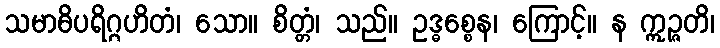
သမာဓိပရိဂ္ဂဟိတံ၊ သော။ စိတ္တံ၊ သည်။ ဥဒ္ဓစ္စေန၊ ကြောင့်။ န ဣဉ္ဇတိ၊